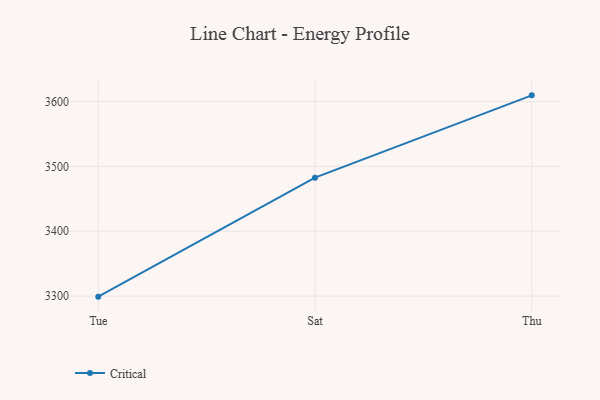
{"axis": {"x": "Day", "y": "Budget (USD K)"}, "legend": ["Critical"], "data": [{"x": "Tue", "y": 3299.1, "type": "Critical"}, {"x": "Sat", "y": 3482.6, "type": "Critical"}, {"x": "Thu", "y": 3609.6, "type": "Critical"}]}